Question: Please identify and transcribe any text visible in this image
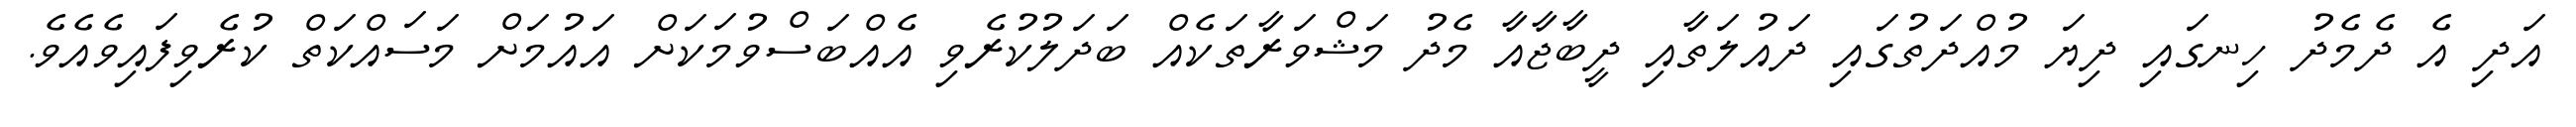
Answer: އަދި އެ ދެމެދު ހިނގައި ދިޔަ މުއްދަތުގައި ދައުލަތާއި ދީބާޖާއާ މެދު މަޝްވަރާތަކެއް ބަދަލުކުރެވި އެއްބަސްވުމަކަށް އައުމަށް މަސައްކަތް ކުރެވިފައިވެއެވެ.